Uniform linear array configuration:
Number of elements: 64
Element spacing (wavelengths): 0.75
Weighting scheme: blackman
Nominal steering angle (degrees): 0
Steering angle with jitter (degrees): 1.317
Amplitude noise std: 0.05
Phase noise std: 0.05

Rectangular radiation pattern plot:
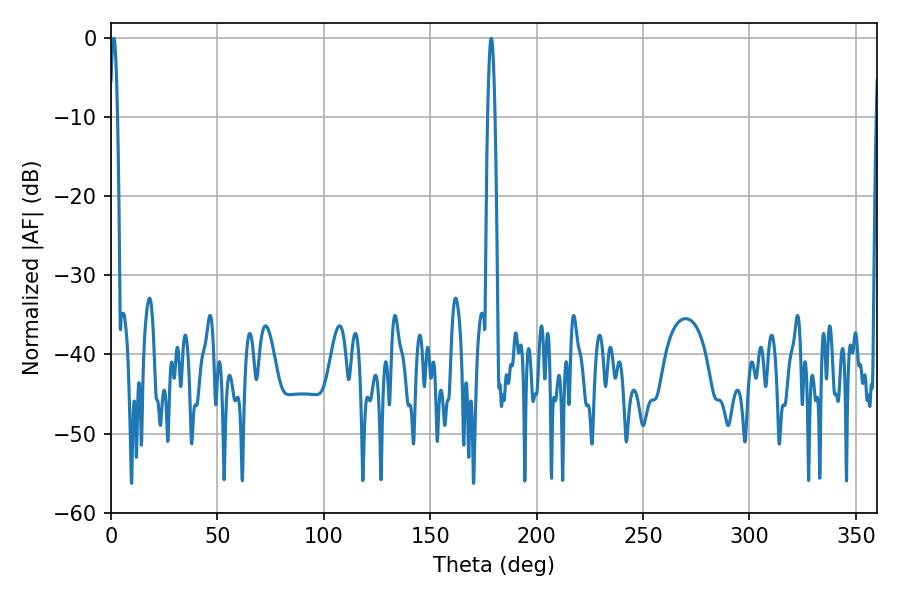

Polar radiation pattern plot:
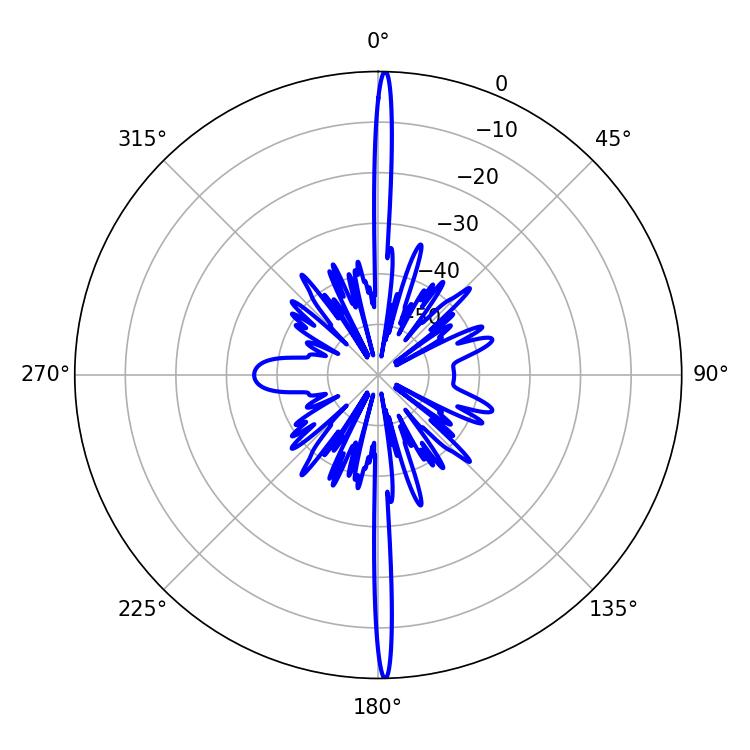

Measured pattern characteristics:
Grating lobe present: TRUE
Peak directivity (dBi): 30.802
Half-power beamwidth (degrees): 1.8
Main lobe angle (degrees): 178.74